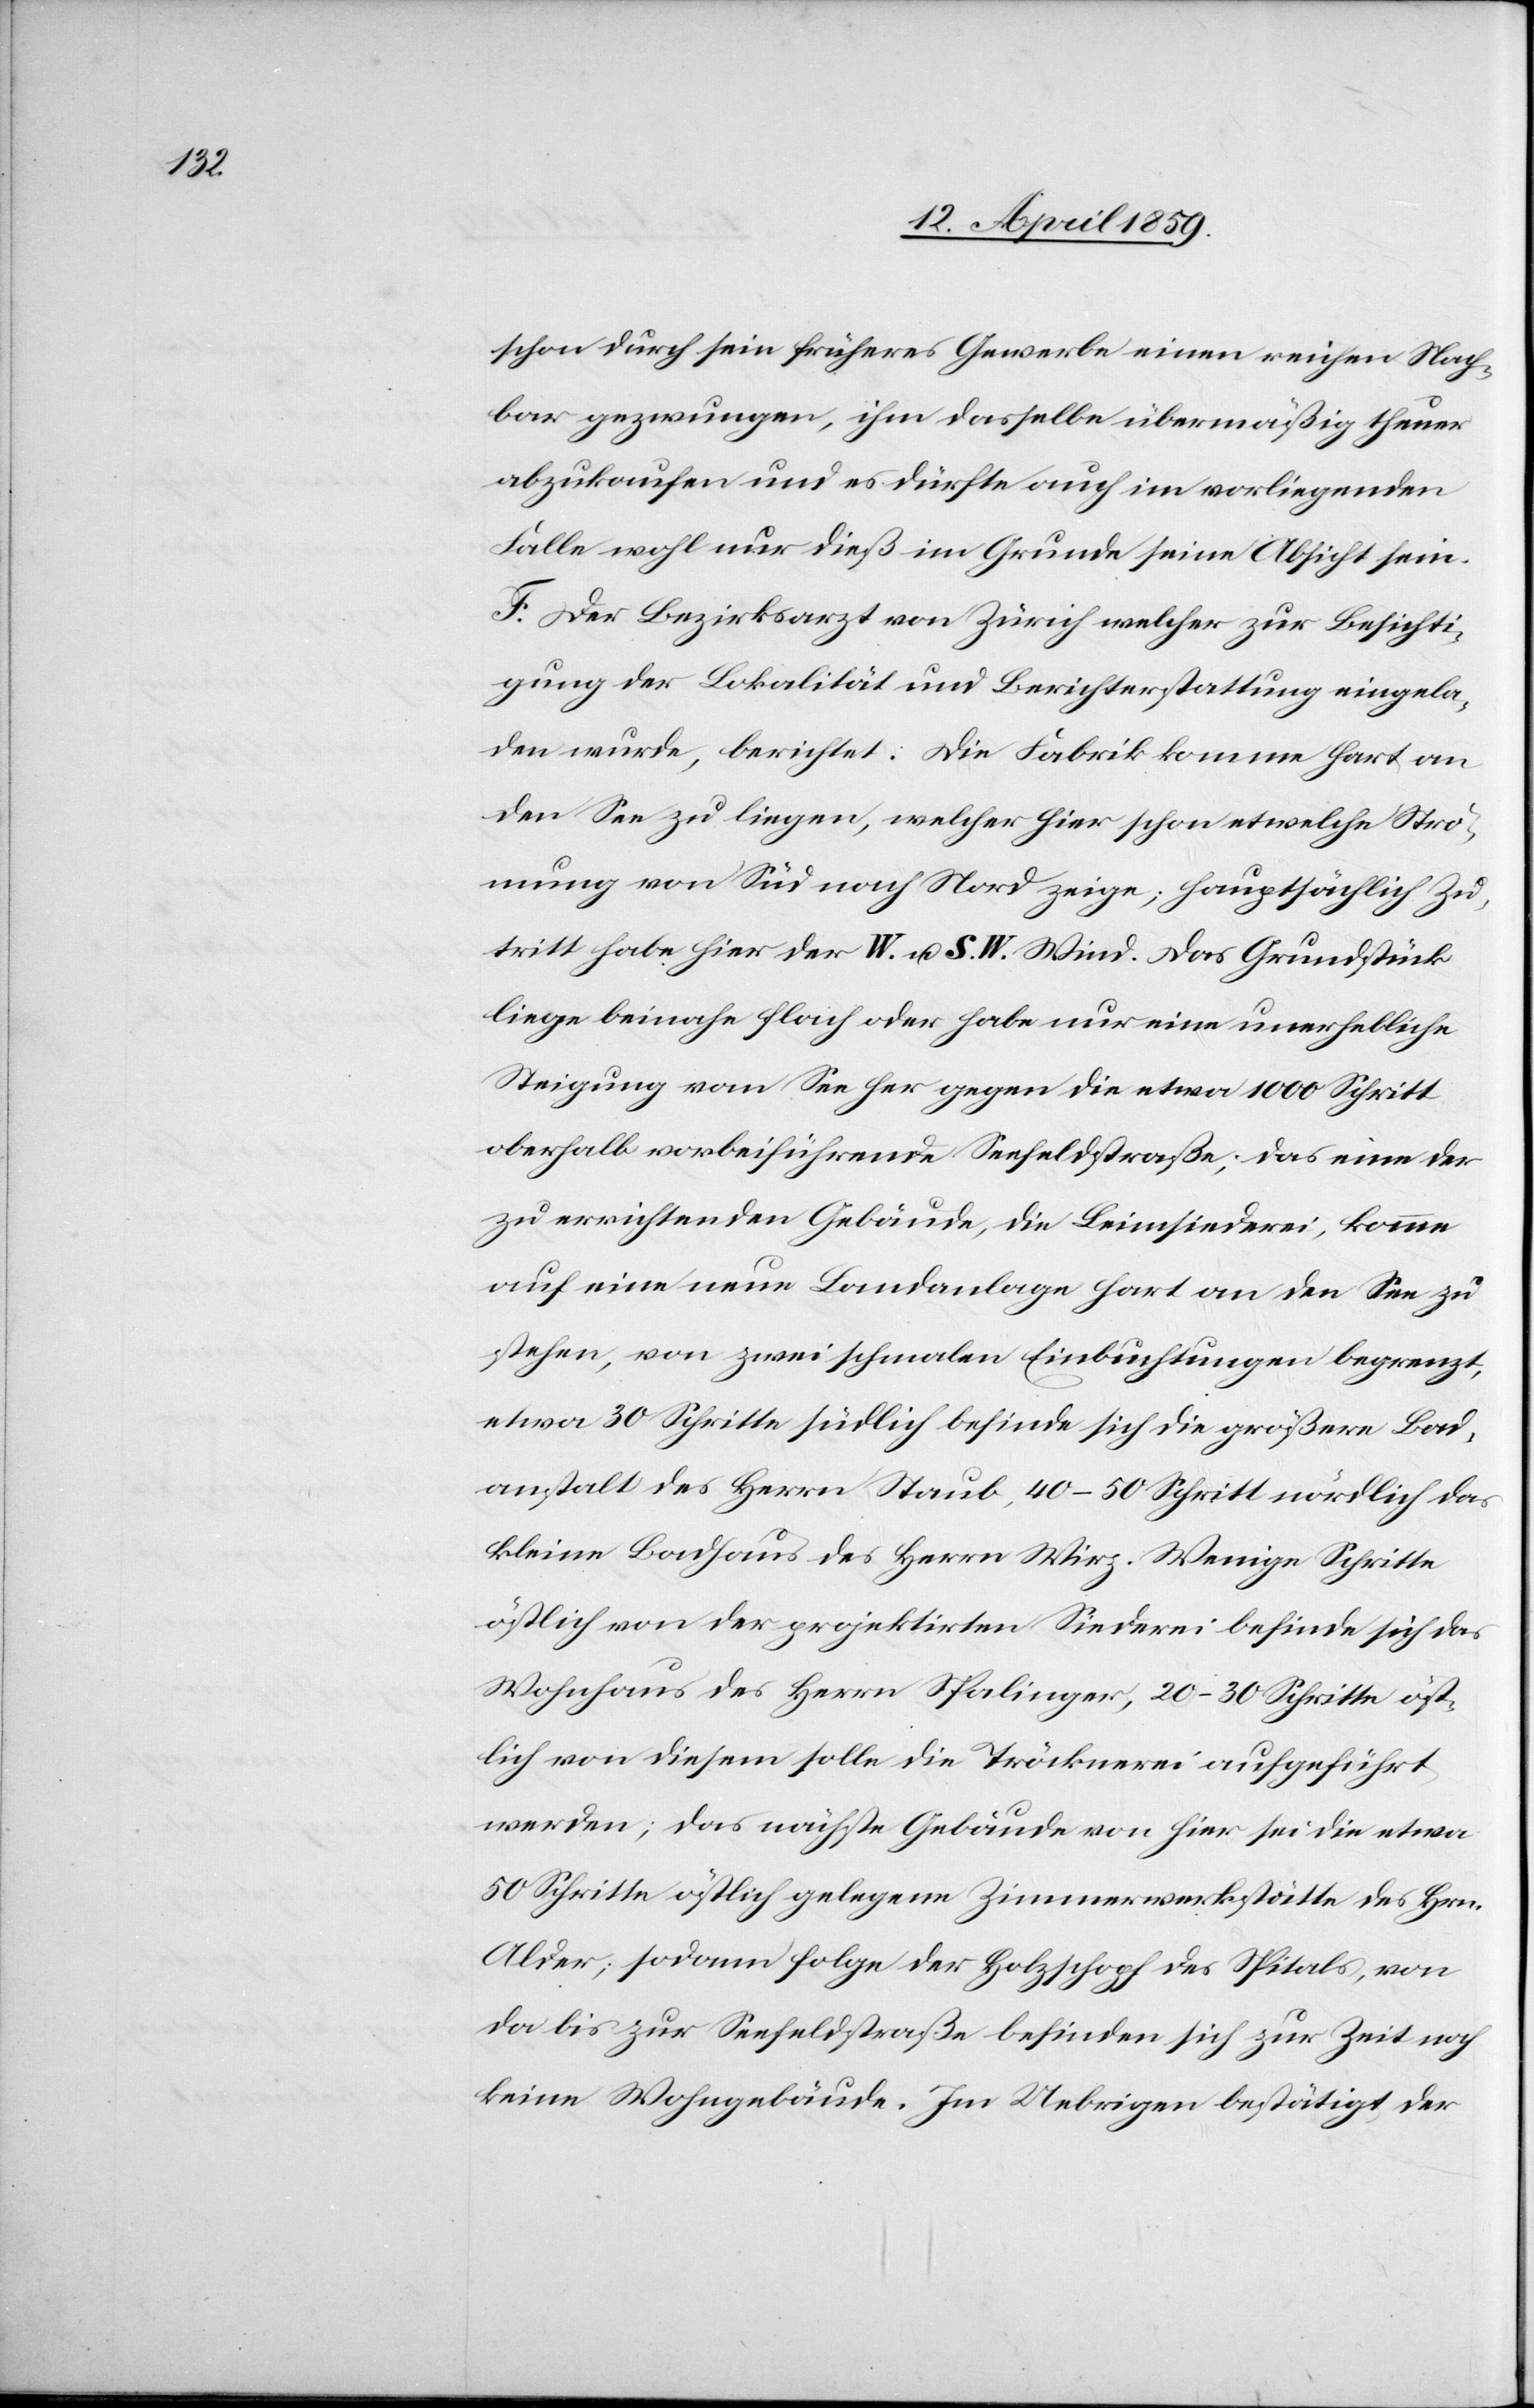
schon durch sein früheres Gewerbe einen reichen Nach¬
bar gezwungen, ihm dasselbe übermäßig theuer
abzukaufen und es dürfte auch im vorliegenden
Falle wohl nur dieß im Grunde seine Absicht sein.
F. Der Bezirksarzt von Zürich welcher zur Besichti¬
gung der Lokalität und Berichterstattung eingela¬
den wurde, berichtet: Die Fabrik komme hart an
den See zu liegen, welcher hier schon etwelche Strö¬
mung von Süd nach Nord zeige; hauptsächlich Zu¬
tritt habe hier der W. u. S. W. Wind. Das Grundstück
liege beinahe flach oder habe nur eine unerhebliche
Steigung vom See her gegen die etwa 1000 Schritt
oberhalb vorbeiführende Seefeldstraße; das eine der
zu errichtenden Gebäude, die Leimsiederei, komme
auf eine neue Landanlage hart an den See zu
stehen, von zwei schmalen Einbuchtungen begrenzt,
etwa 30 Schritte südlich befinde sich die größere Bad¬
anstalt des Herrn Staub, 40-50 Schritt nördlich das
kleine Badhaus des Herrn Wirz. Wenige Schritte
östlich von der projektirten Siederei befinde sich das
Wohnhaus des Herrn Spalinger, 20-30 Schritte öst¬
lich von diesem solle die Tröcknerei aufgeführt
werden; das nächste Gebäude von hier sei die etwa
50 Schritte östlich gelegene Zimmerwerkstätte des Hrn.
Alder; sodann folge der Holzschopf des Spitals, von
da bis zur Seefeldstraße befinden sich zur Zeit noch
keine Wohngebäude. Im Uebrigen bestätigt der